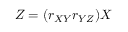
Z = ( r _ { X Y } r _ { Y Z } ) X